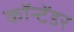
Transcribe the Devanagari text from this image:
कॉन्टेंडर